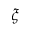
\xi